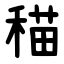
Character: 䅦